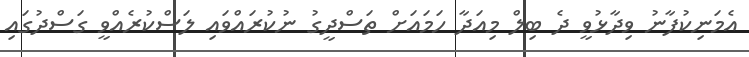
އެމަނިކުފާނު ވިދާޅުވީ ދެ ބިލް މިއަދާ ހަމައަށް ތަސްދީގު ނުކުރައްވައި ލަސްކުރެއްވީ ގަސްދުގައި